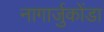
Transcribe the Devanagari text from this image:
नागार्जुकोंडा